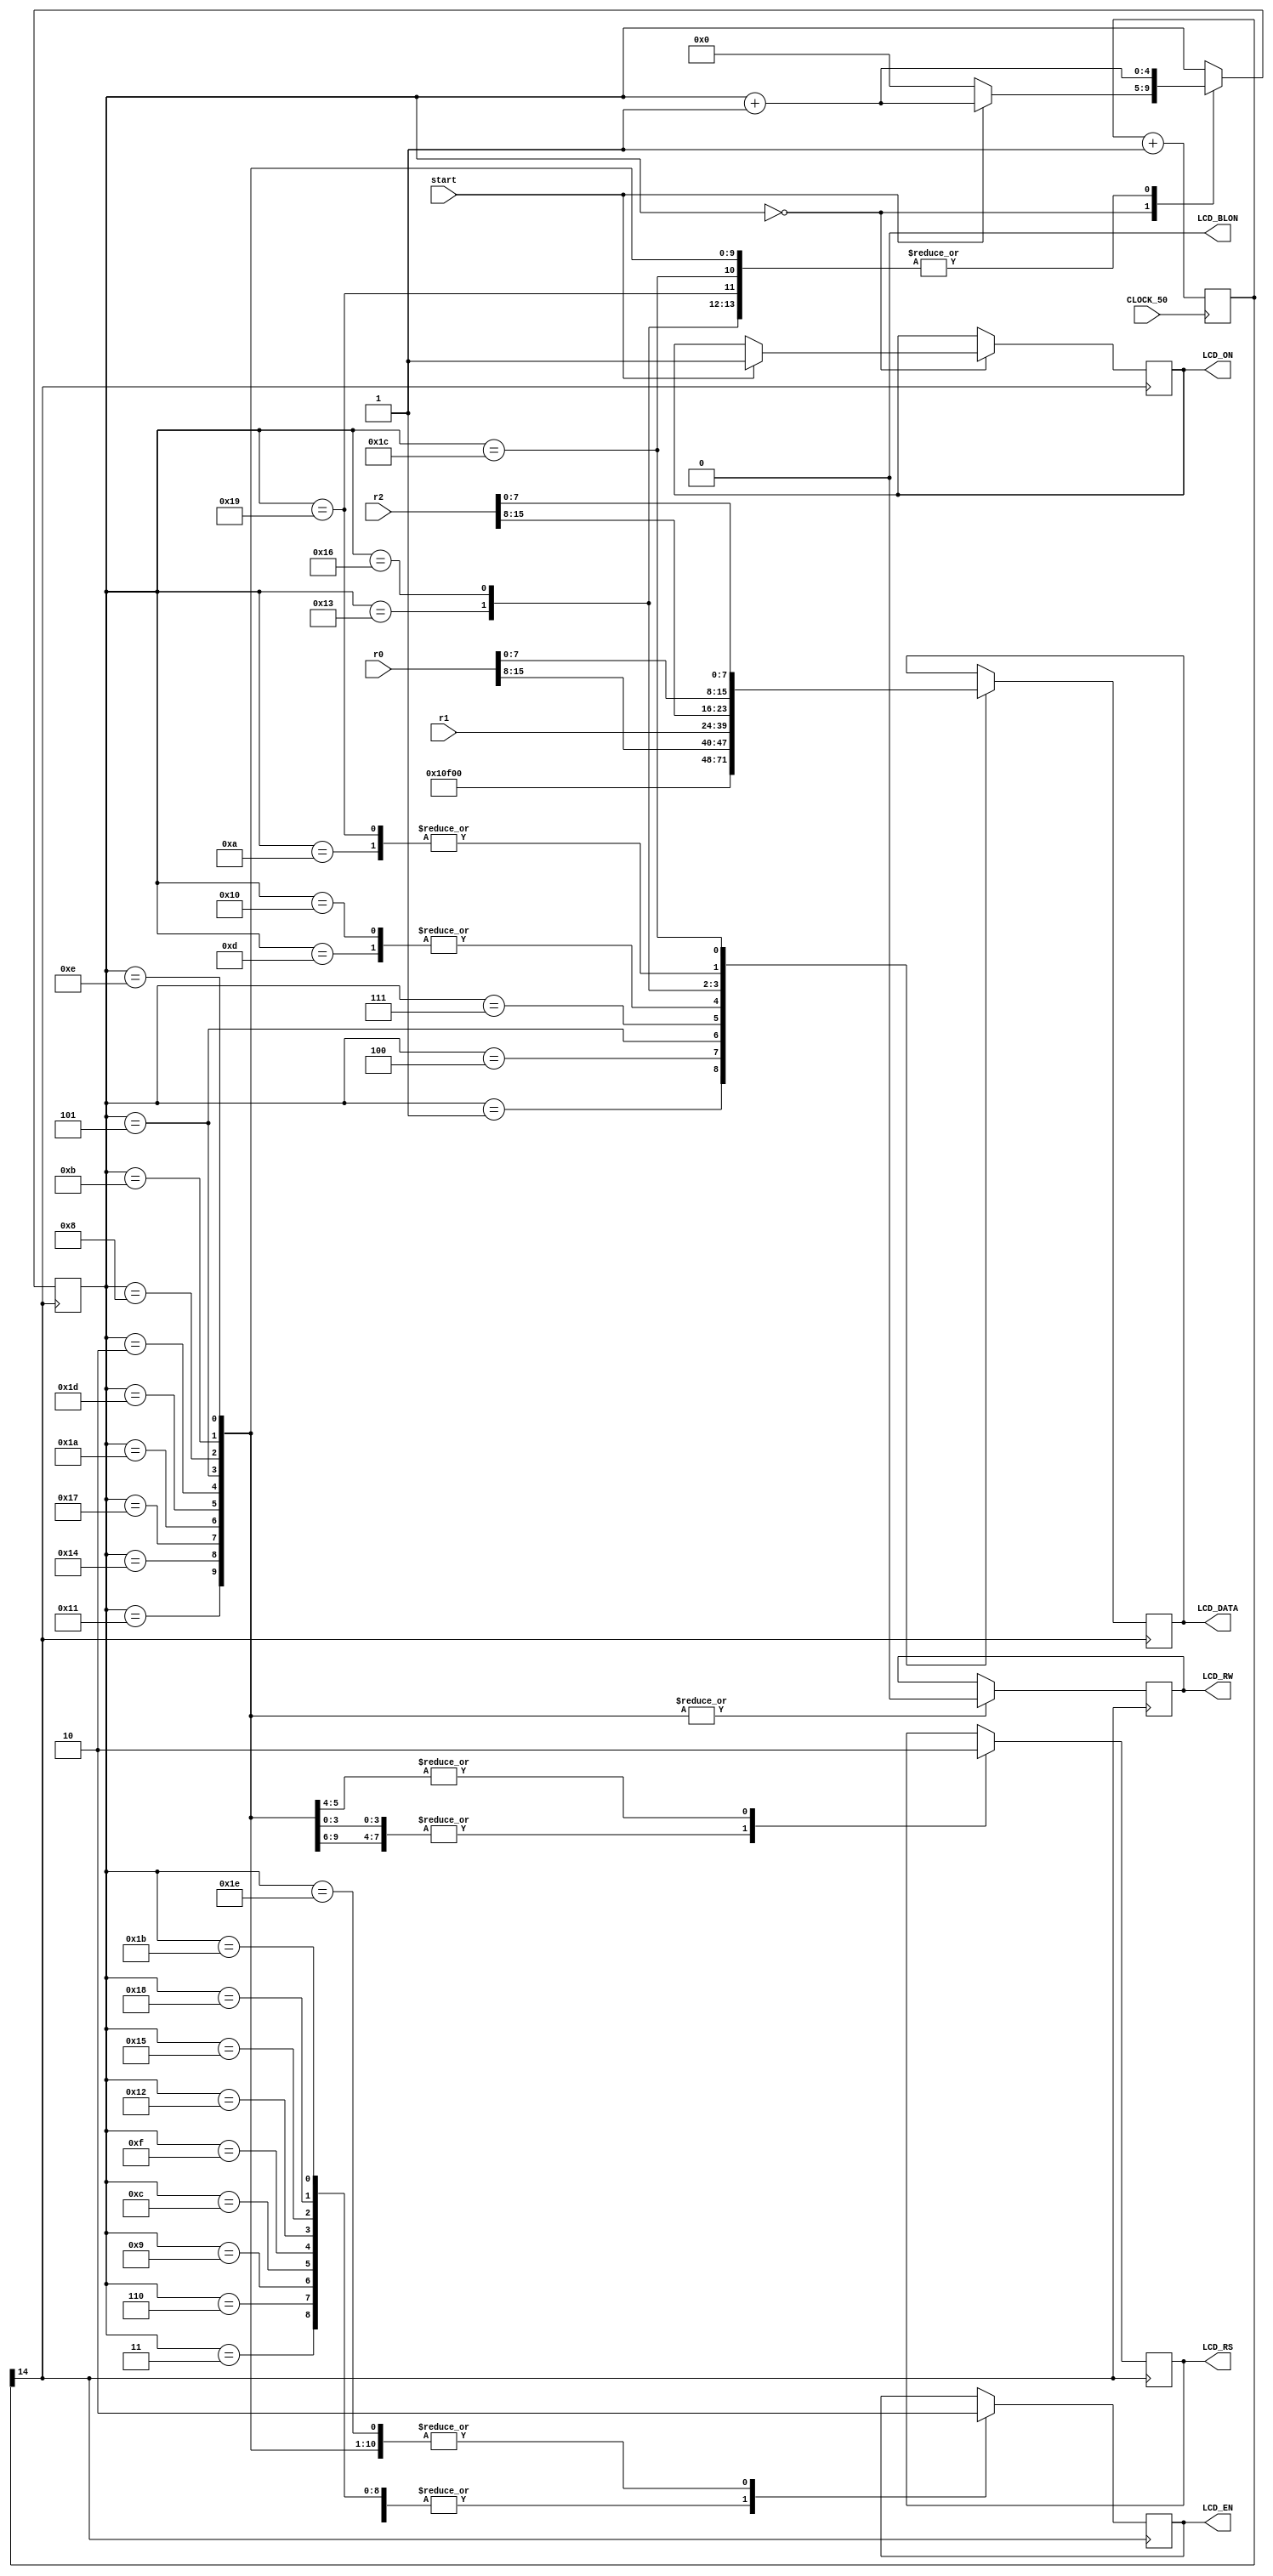
/*
	Modulo LCD a ser usado no tp01 de OCII 2013 - 01.
	O sinal de entrada "CLOCK_50" e os sinais de sada: "LCD_DATA" (8 bits), "LCD_RW", "LCD_EN", "LCD_RS", "LCD_ON", 
	"LCD_BLON" so padres da placa e devem ser declarados no mdulo principal do TP. Os sinais "r0", "r1", "r2"
	devem receber os valores dos registradores R0, R1, R2. O sinal "start" deve ser inicializado como "1'b0" e se
	tornar "1'b1" ao final de execuo do TP.
	
	O mdulo LCD deve ser declarado no mdulo principal do TP, um exemplo dessa declarao seria:
		LCD LCD(CLOCK_50, LCD_DATA, LCD_RW, LCD_EN, LCD_RS, LCD_ON, LCD_BLON, R0, R1, R2, wire_Start);
		
	Mais informaes sobre o uso do LCD podem ser encontradas no manual do usurio da Altera e no manual do fabricante
	do	LCD (ftp://ftp.altera.com/up/pub/Webdocs/DE2_UserManual.pdf e 
	http://ebookbrowse.com/lcd-cfah1602btmcjp-pdf-d225374640 respectivamente).

*/

module LCD(CLOCK_50, LCD_DATA, LCD_RW, LCD_EN, LCD_RS, LCD_ON, LCD_BLON, r0, r1, r2, start);

input CLOCK_50;
input [15:0] r0, r1, r2;
input start;

output [7:0] LCD_DATA;
output LCD_RW;
output LCD_EN;
output LCD_RS;
output LCD_ON;
output LCD_BLON;

wire [7:0] c0, c1, c2, c3, c4, c5;

reg [4:0] estado;
reg mudou_estado;
reg [32:0] conta_clock;
reg [7:0] data;
reg rs;
reg rw;
reg enable;
reg acende;

wire clk;

initial begin
  estado <= 4'b0000;
  mudou_estado <= 0;
  enable <= 0;
  acende <= 0;
end

always @(posedge CLOCK_50) begin
  conta_clock = conta_clock + 1'b1;
end

always @(posedge clk)begin
  case(estado)

    5'd0:begin
      enable <= 1;
      mudou_estado <= 0;
		if(start == 1)begin
			estado <= estado + 1'b1;
			acende <= 1'b1;
		end
		
		else estado <= 4'b0000;
		
    end

    5'd1: begin
      data <= 8'b00000001;
      mudou_estado <= 1;
      estado <= estado + 1'b1;
    end

    5'd2: begin
      enable <= 0;
      rs <= 0;
      rw <= 0;
      mudou_estado <= 0;
      estado <= estado + 1'b1;
    end

	5'd3:begin
      enable <= 1;
      estado <= estado + 1'b1;
      mudou_estado <= 0;
    end

    5'd4: begin
      data <= 8'b00001111;
      mudou_estado <= 1;
      estado <= estado + 1'b1;
    end

    5'd5: begin
      enable <= 0;
      rs <= 1;
      rw <= 0;
      mudou_estado <= 0;
	  data <= 8'b00000000;      
	  estado <= estado + 1'b1;
    end

	5'd6:begin
      enable <= 1;
      estado <= estado + 1'b1;
      mudou_estado <= 0;
    end

    5'd7: begin
      data <= c0;//C
      mudou_estado <= 1;
      estado <= estado + 1'b1;
    end

    5'd8: begin
      enable <= 0;
      rs <= 1;
      rw <= 0;
      mudou_estado <= 0;
      estado <= estado + 1'b1;
      end

	5'd9:begin
      enable <= 1;
      estado <= estado + 1'b1;
      mudou_estado <= 0;
    end


    5'd10: begin
      data <= c1;//o
      mudou_estado <= 1;
      estado <= estado + 1'b1;
    end
	 
	5'd11: begin
      enable <= 0;
      rs <= 1;
      rw <= 0;
      mudou_estado <= 0;
      estado <= estado + 1'b1;
   end

	5'd12:begin
      enable <= 1;
      estado <= estado + 1'b1;
      mudou_estado <= 0;
    end


    5'd13: begin
      data <= c2;//r
      mudou_estado <= 1;
      estado <= estado + 1'b1;
    end
	 
   5'd14: begin
      enable <= 0;
      rs <= 1;
      rw <= 0;
      mudou_estado <= 0;
      estado <= estado + 1'b1;
   end

	5'd15:begin
      enable <= 1;
      estado <= estado + 1'b1;
      mudou_estado <= 0;
    end

   5'd16: begin
      data <= c2;//r
      mudou_estado <= 1;
      estado <= estado + 1'b1;
    end
	 
   5'd17: begin
      enable <= 0;
      rs <= 1;
      rw <= 0;
      mudou_estado <= 0;
      estado <= estado + 1'b1;
   end

	5'd18:begin
      enable <= 1;
      estado <= estado + 1'b1;
      mudou_estado <= 0;
    end


   5'd19: begin
      data <= c3;//e
      mudou_estado <= 1;
      estado <= estado + 1'b1;
    end
	 
   5'd20: begin
      enable <= 0;
      rs <= 1;
      rw <= 0;
      mudou_estado <= 0;
      estado <= estado + 1'b1;
   end

	5'd21:begin
      enable <= 1;
      estado <= estado + 1'b1;
      mudou_estado <= 0;
    end


    5'd22: begin
      data <= c4;//t
      mudou_estado <= 1;
      estado <= estado + 1'b1;
    end
	 
    5'd23: begin
      enable <= 0;
      rs <= 1;
      rw <= 0;
      mudou_estado <= 0;
      estado <= estado + 1'b1;
    end

	5'd24:begin
      enable <= 1;
      estado <= estado + 1'b1;
      mudou_estado <= 0;
    end


    5'd25: begin
      data <= c1;//o
      mudou_estado <= 1;
      estado <= estado + 1'b1;
    end
	 
   5'd26: begin
      enable <= 0;
      rs <= 1;
      rw <= 0;
      mudou_estado <= 0;
      estado <= estado + 1'b1;
   end

	5'd27:begin
      enable <= 1;
      estado <= estado + 1'b1;
      mudou_estado <= 0;
    end


    5'd28: begin
      data <= c5;//!
      mudou_estado <= 1;
      estado <= estado + 1'b1;
    end

    5'd29: begin
      enable <= 0;
      rs <= 0;
      rw <= 0;
      mudou_estado <= 0;
      estado <= estado + 1'b1;
    end

	5'd30: begin
      mudou_estado <= 1;
      enable <= 0;
    end
  
   endcase
end

assign c0 = r0 [15:8];//C = 43;
assign c1 = r0 [7:0];//o = 6F;
assign c2 = r1 [15:8];//r = 72;
assign c3 = r1 [7:0];//e = 65;
assign c4 = r2 [15:8];//t = 74;
assign c5 = r2 [7:0];//! = 21; 
assign LCD_EN = enable;
assign LCD_ON = acende;
assign LCD_BLON = 0;
assign LCD_DATA = data;
assign LCD_RS = rs;
assign LCD_RW = rw;
assign clk = conta_clock [14];

endmodule